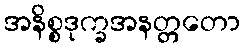
အနိစ္စဒုက္ခအနတ္တတော